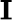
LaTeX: \boldsymbol{\textbf{I}}